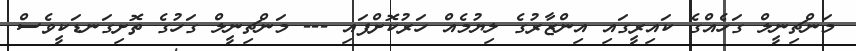
މަންޗިނީލް ގަހެއްގެ ކައިރީގައި އިންޒާރުގެ ލިޔުމެއް ހަރުކޮށްފައި --- މަންޗިނީލް ގަހުގެ ތޮށިގަނޑަކީވެސް